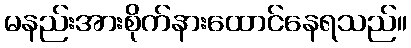
မနည်းအားစိုက်နားထောင်နေရသည်။